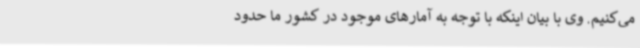
می‌کنیم. وی با بیان اینکه با توجه به آمارهای موجود در کشور ما حدود